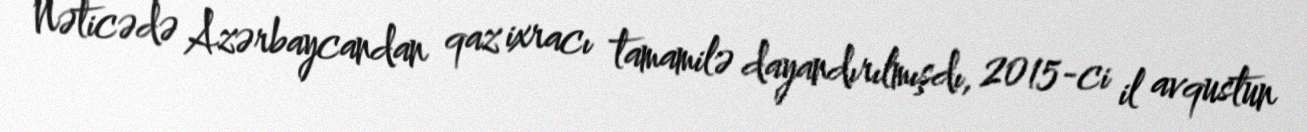
Nəticədə Azərbaycandan qaz ixracı tamamilə dayandırılmışdı, 2015-ci il avqustun